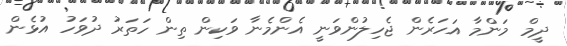
ދީމް މަންމާ އަހަރެން ޖެހިލުންވަނީ އެންމެނާ ވަކިން ތިން ހަތަރު ދުވަހު އުޅެން